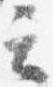
云